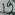
Text: 19